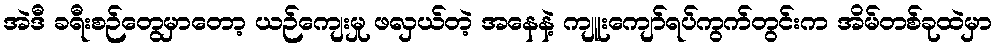
အဲဒီ ခရီးစဉ်တွေမှာတော့ ယဉ်ကျေးမှု ဖလှယ်တဲ့ အနေနဲ့ ကျူးကျော်ရပ်ကွက်တွင်းက အိမ်တစ်ခုထဲမှာ